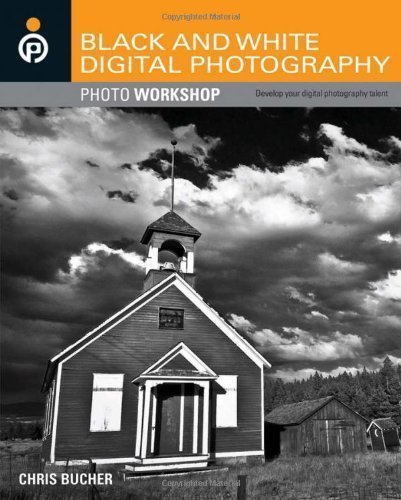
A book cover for Black and White Digital Photography Photo Workshop 1st (first) Edition by Bucher, Chris published by Wiley (2011); Arts & Photography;